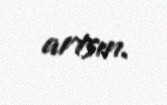
artsın.